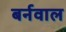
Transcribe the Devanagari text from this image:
बर्नवाल